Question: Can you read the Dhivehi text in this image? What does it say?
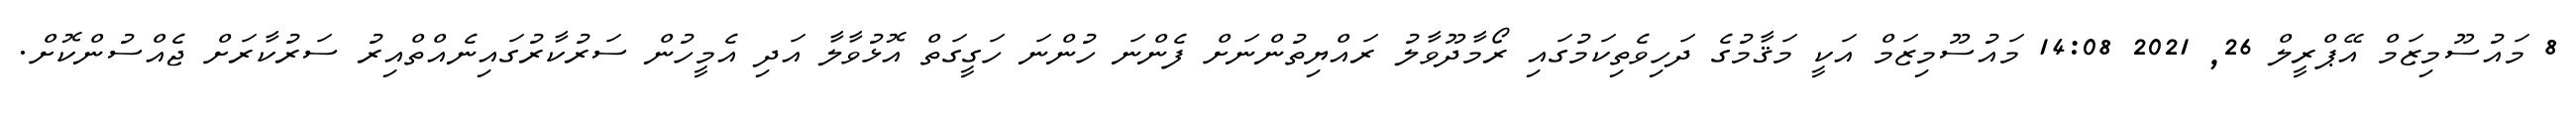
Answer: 8 މައުސޫމިޒަމް އޭޕްރީލް 26, 2021 14:08 މައުސޫމިޒަމް އަކީ މަޤާމުގެ ދަހިވެތިކަމުގައި ރޯމާދޫވާލު ރައްޔިތުންނަށް ފެންނަ ހުންނަ ހަގީގަތް އޮޅުވާލާ އަދި އެމީހުން ސަރުކާރުގައިނެއްތްއިރު ސަރުކާރަށް ޖެއްސުންކޮށް.